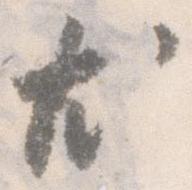
尤